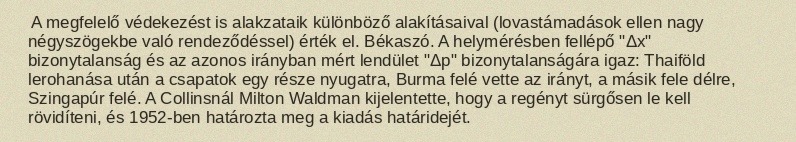
A megfelelő védekezést is alakzataik különböző alakításaival (lovastámadások ellen nagy négyszögekbe való rendeződéssel) érték el. Békaszó. A helymérésben fellépő "Δx" bizonytalanság és az azonos irányban mért lendület "Δp" bizonytalanságára igaz: Thaiföld lerohanása után a csapatok egy része nyugatra, Burma felé vette az irányt, a másik fele délre, Szingapúr felé. A Collinsnál Milton Waldman kijelentette, hogy a regényt sürgősen le kell rövidíteni, és 1952-ben határozta meg a kiadás határidejét.